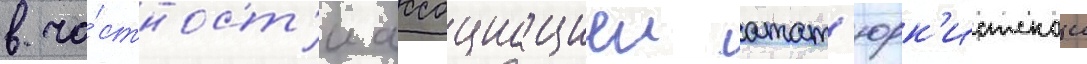
в ча́стност'и ассоциациеи атат'юрк'истскои